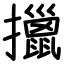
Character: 擸